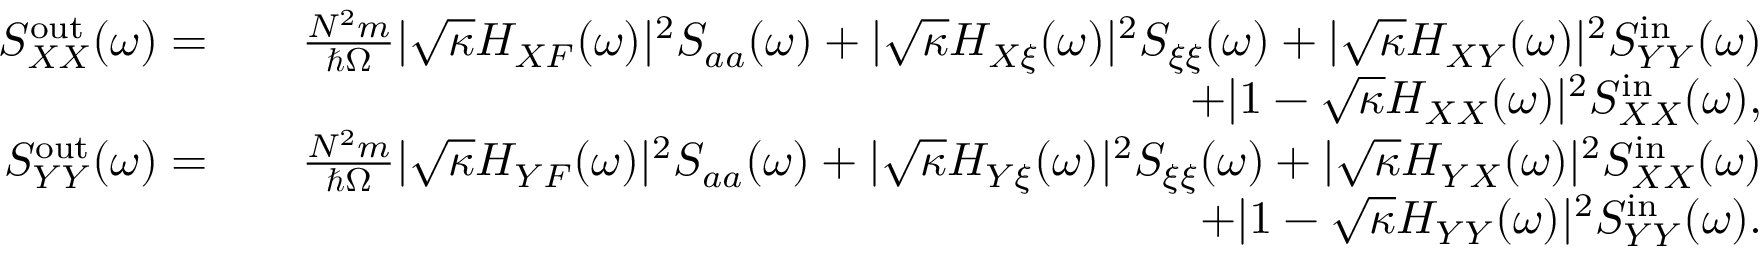
\begin{array} { r l r } { S _ { X X } ^ { \mathrm { o u t } } ( \omega ) = } & { } & { \frac { N ^ { 2 } m } { \hbar \Omega } | \sqrt { \kappa } H _ { X F } ( \omega ) | ^ { 2 } S _ { a a } ( \omega ) + | \sqrt { \kappa } H _ { X \xi } ( \omega ) | ^ { 2 } S _ { \xi \xi } ( \omega ) + | \sqrt { \kappa } H _ { X Y } ( \omega ) | ^ { 2 } S _ { Y Y } ^ { \mathrm { i n } } ( \omega ) } \\ & { } & { + | 1 - \sqrt { \kappa } H _ { X X } ( \omega ) | ^ { 2 } S _ { X X } ^ { \mathrm { i n } } ( \omega ) , } \\ { S _ { Y Y } ^ { \mathrm { o u t } } ( \omega ) = } & { } & { \frac { N ^ { 2 } m } { \hbar \Omega } | \sqrt { \kappa } H _ { Y F } ( \omega ) | ^ { 2 } S _ { a a } ( \omega ) + | \sqrt { \kappa } H _ { Y \xi } ( \omega ) | ^ { 2 } S _ { \xi \xi } ( \omega ) + | \sqrt { \kappa } H _ { Y X } ( \omega ) | ^ { 2 } S _ { X X } ^ { \mathrm { i n } } ( \omega ) } \\ & { } & { + | 1 - \sqrt { \kappa } H _ { Y Y } ( \omega ) | ^ { 2 } S _ { Y Y } ^ { \mathrm { i n } } ( \omega ) . } \end{array}